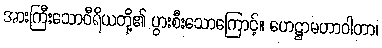
အားကြီးသောဝီရိယတို့၏ ပွားစီးသောကြောင့်။ ဟေဋ္ဌာမဟာဝါတာ၊